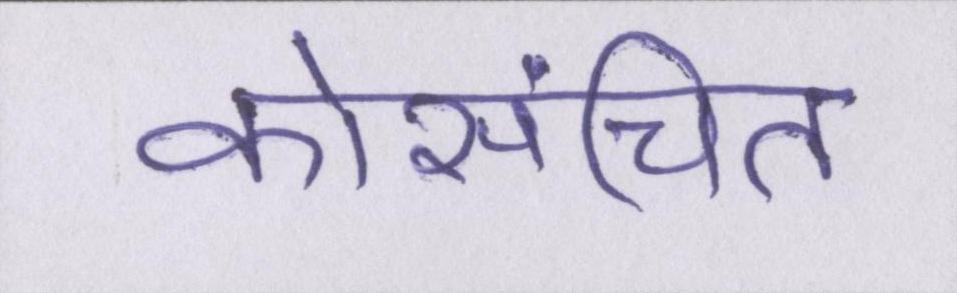
कोसंचित